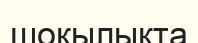
шоқылықта